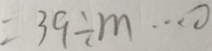
= 3 9 \div m \cdots 0